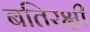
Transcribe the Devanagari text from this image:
बतिरक्षी